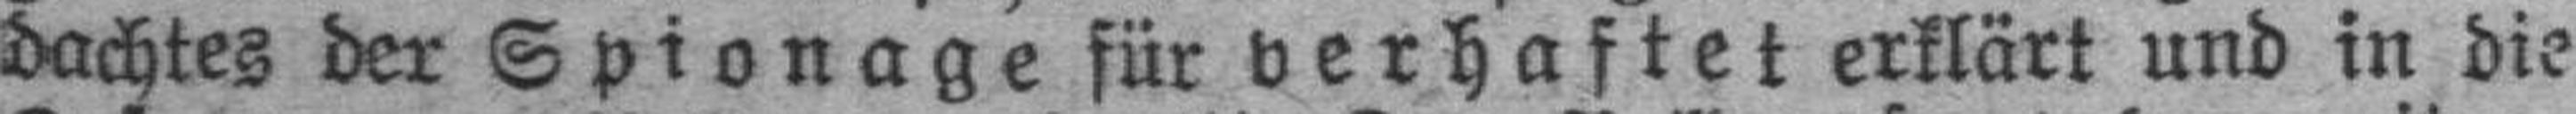
dachtes der Spionage für verhaftet erklärt und in die